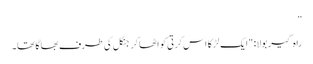
”
راہ گیر بولا: "ایک لڑکا اس کرتی کو اٹھا کر جنگل کی طرف بھاگا تھا۔